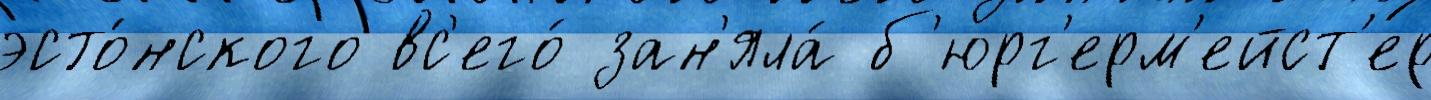
эсто́нского вс'его́ зан'яла́ б'юрг'ерм'ейст'ер